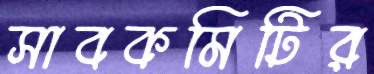
সাবকমিটির